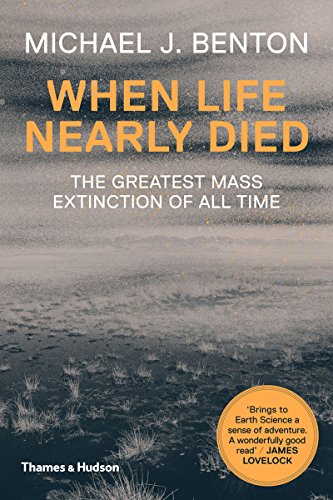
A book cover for When Life Nearly Died: The Greatest Mass Extinction of All Time (Revised edition); Michael J. Benton; Science & Math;